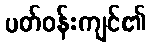
ပတ်ဝန်းကျင်၏